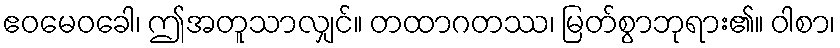
ဧဝမေဝခေါ၊ ဤအတူသာလျှင်။ တထာဂတဿ၊ မြတ်စွာဘုရား၏။ ဝါစာ၊